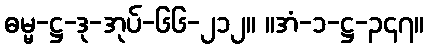
ဓမ္မ-ဋ္ဌ-ဒု-အုပ်-၆၆-၂၁၂။ ။အံ-၁-ဋ္ဌ-၃၄၇။